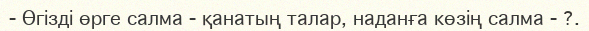
-	Өгізді өрге салма - қанатың талар, наданға көзің салма - ?.